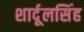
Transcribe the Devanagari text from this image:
शार्दूलसिंह